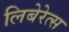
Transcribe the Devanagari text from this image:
लिबेरेत्स